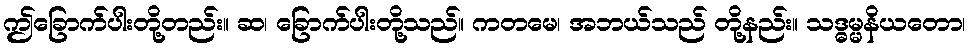
ဤခြောက်ပါးတို့တည်း။ ဆ၊ ခြောက်ပါးတို့သည်။ ကတမေ၊ အဘယ်သည် တို့နည်း။ သဒ္ဓမ္မနိယတော၊